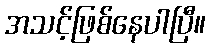
အသင့်ဖြစ်နေပါပြီ။